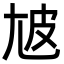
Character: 㝿